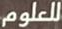
للعلوم